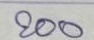
200